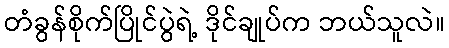
တံခွန်စိုက်ပြိုင်ပွဲရဲ့ ဒိုင်ချုပ်က ဘယ်သူလဲ။